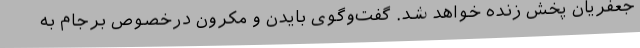
جعفریان پخش زنده خواهد شد. گفت‌وگوی بایدن و مکرون درخصوص برجام به